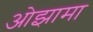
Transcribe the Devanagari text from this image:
ओझामा